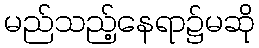
မည်သည့်နေရာ၌မဆို